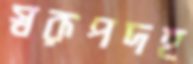
স্বরূপদহ